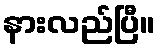
နားလည်ပြီ။